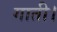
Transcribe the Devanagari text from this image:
गाती।